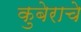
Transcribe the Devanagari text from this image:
कुबेराचे